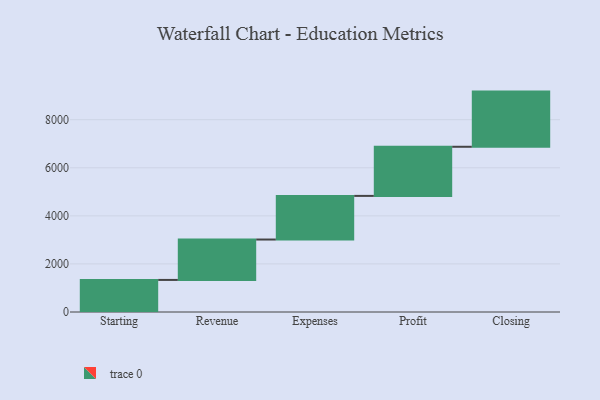
{"axis": {"x": "Step", "y": "Value"}, "legend": [""], "data": [{"x": "Starting", "y": 1334.0, "type": ""}, {"x": "Revenue", "y": 1681.0, "type": ""}, {"x": "Expenses", "y": 1815.0, "type": ""}, {"x": "Profit", "y": 2044.0, "type": ""}, {"x": "Closing", "y": 2295.0, "type": ""}]}